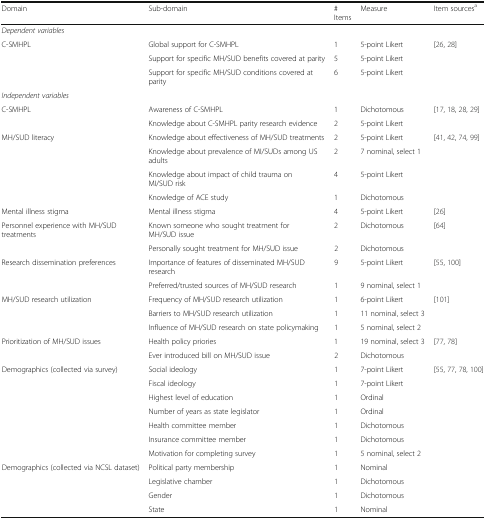
<table><thead><tr><td><b>Domain</b></td><td><b>Sub-domain</b></td><td><b># Items</b></td><td><b>Measure</b></td><td><b>Item sources<sup>a</sup></b></td></tr></thead><tbody><tr><td colspan="5"><i>Dependent variables</i></td></tr><tr><td rowspan="3">C-SMHPL</td><td>Global support for C-SMHPL</td><td>1</td><td>5-point Likert</td><td rowspan="3">[26, 28]</td></tr><tr><td>Support for specific MH/SUD benefits covered at parity</td><td>5</td><td>5-point Likert</td></tr><tr><td>Support for specific MH/SUD conditions covered at parity</td><td>6</td><td>5-point Likert</td></tr><tr><td colspan="5"><i>Independent variables</i></td></tr><tr><td rowspan="2">C-SMHPL</td><td>Awareness of C-SMHPL</td><td>1</td><td>Dichotomous</td><td rowspan="2">[17, 18, 28, 29]</td></tr><tr><td>Knowledge about C-SMHPL parity research evidence</td><td>2</td><td>5-point Likert</td></tr><tr><td rowspan="4">MH/SUD literacy</td><td>Knowledge about effectiveness of MH/SUD treatments</td><td>2</td><td>5-point Likert</td><td rowspan="4">[41, 42, 74, 99]</td></tr><tr><td>Knowledge about prevalence of MI/SUDs among US adults</td><td>2</td><td>7 nominal, select 1</td></tr><tr><td>Knowledge about impact of child trauma on MI/SUD risk</td><td>4</td><td>5-point Likert</td></tr><tr><td>Knowledge of ACE study</td><td>1</td><td>Dichotomous</td></tr><tr><td>Mental illness stigma</td><td>Mental illness stigma</td><td>4</td><td>5-point Likert</td><td>[26]</td></tr><tr><td rowspan="2">Personnel experience with MH/SUD treatments</td><td>Known someone who sought treatment for MH/SUD issue</td><td>2</td><td>Dichotomous</td><td rowspan="2">[64]</td></tr><tr><td>Personally sought treatment for MH/SUD issue</td><td>2</td><td>Dichotomous</td></tr><tr><td rowspan="2">Research dissemination preferences</td><td>Importance of features of disseminated MH/SUD research</td><td>9</td><td>5-point Likert</td><td rowspan="2">[55, 100]</td></tr><tr><td>Preferred/trusted sources of MH/SUD research</td><td>1</td><td>9 nominal, select 1</td></tr><tr><td rowspan="3">MH/SUD research utilization</td><td>Frequency of MH/SUD research utilization</td><td>1</td><td>6-point Likert</td><td rowspan="3">[101]</td></tr><tr><td>Barriers to MH/SUD research utilization</td><td>1</td><td>11 nominal, select 3</td></tr><tr><td>Influence of MH/SUD research on state policymaking</td><td>1</td><td>5 nominal, select 2</td></tr><tr><td rowspan="2">Prioritization of MH/SUD issues</td><td>Health policy priories</td><td>1</td><td>19 nominal, select 3</td><td rowspan="2">[77, 78]</td></tr><tr><td>Ever introduced bill on MH/SUD issue</td><td>2</td><td>Dichotomous</td></tr><tr><td rowspan="7">Demographics (collected via survey)</td><td>Social ideology</td><td>1</td><td>7-point Likert</td><td rowspan="7">[55, 77, 78, 100]</td></tr><tr><td>Fiscal ideology</td><td>1</td><td>7-point Likert</td></tr><tr><td>Highest level of education</td><td>1</td><td>Ordinal</td></tr><tr><td>Number of years as state legislator</td><td>1</td><td>Ordinal</td></tr><tr><td>Health committee member</td><td>1</td><td>Dichotomous</td></tr><tr><td>Insurance committee member</td><td>1</td><td>Dichotomous</td></tr><tr><td>Motivation for completing survey</td><td>1</td><td>5 nominal, select 2</td></tr><tr><td rowspan="4">Demographics (collected via NCSL dataset)</td><td>Political party membership</td><td>1</td><td>Nominal</td><td rowspan="4"></td></tr><tr><td>Legislative chamber</td><td>1</td><td>Dichotomous</td></tr><tr><td>Gender</td><td>1</td><td>Dichotomous</td></tr><tr><td>State</td><td>1</td><td>Nominal</td></tr></tbody></table>